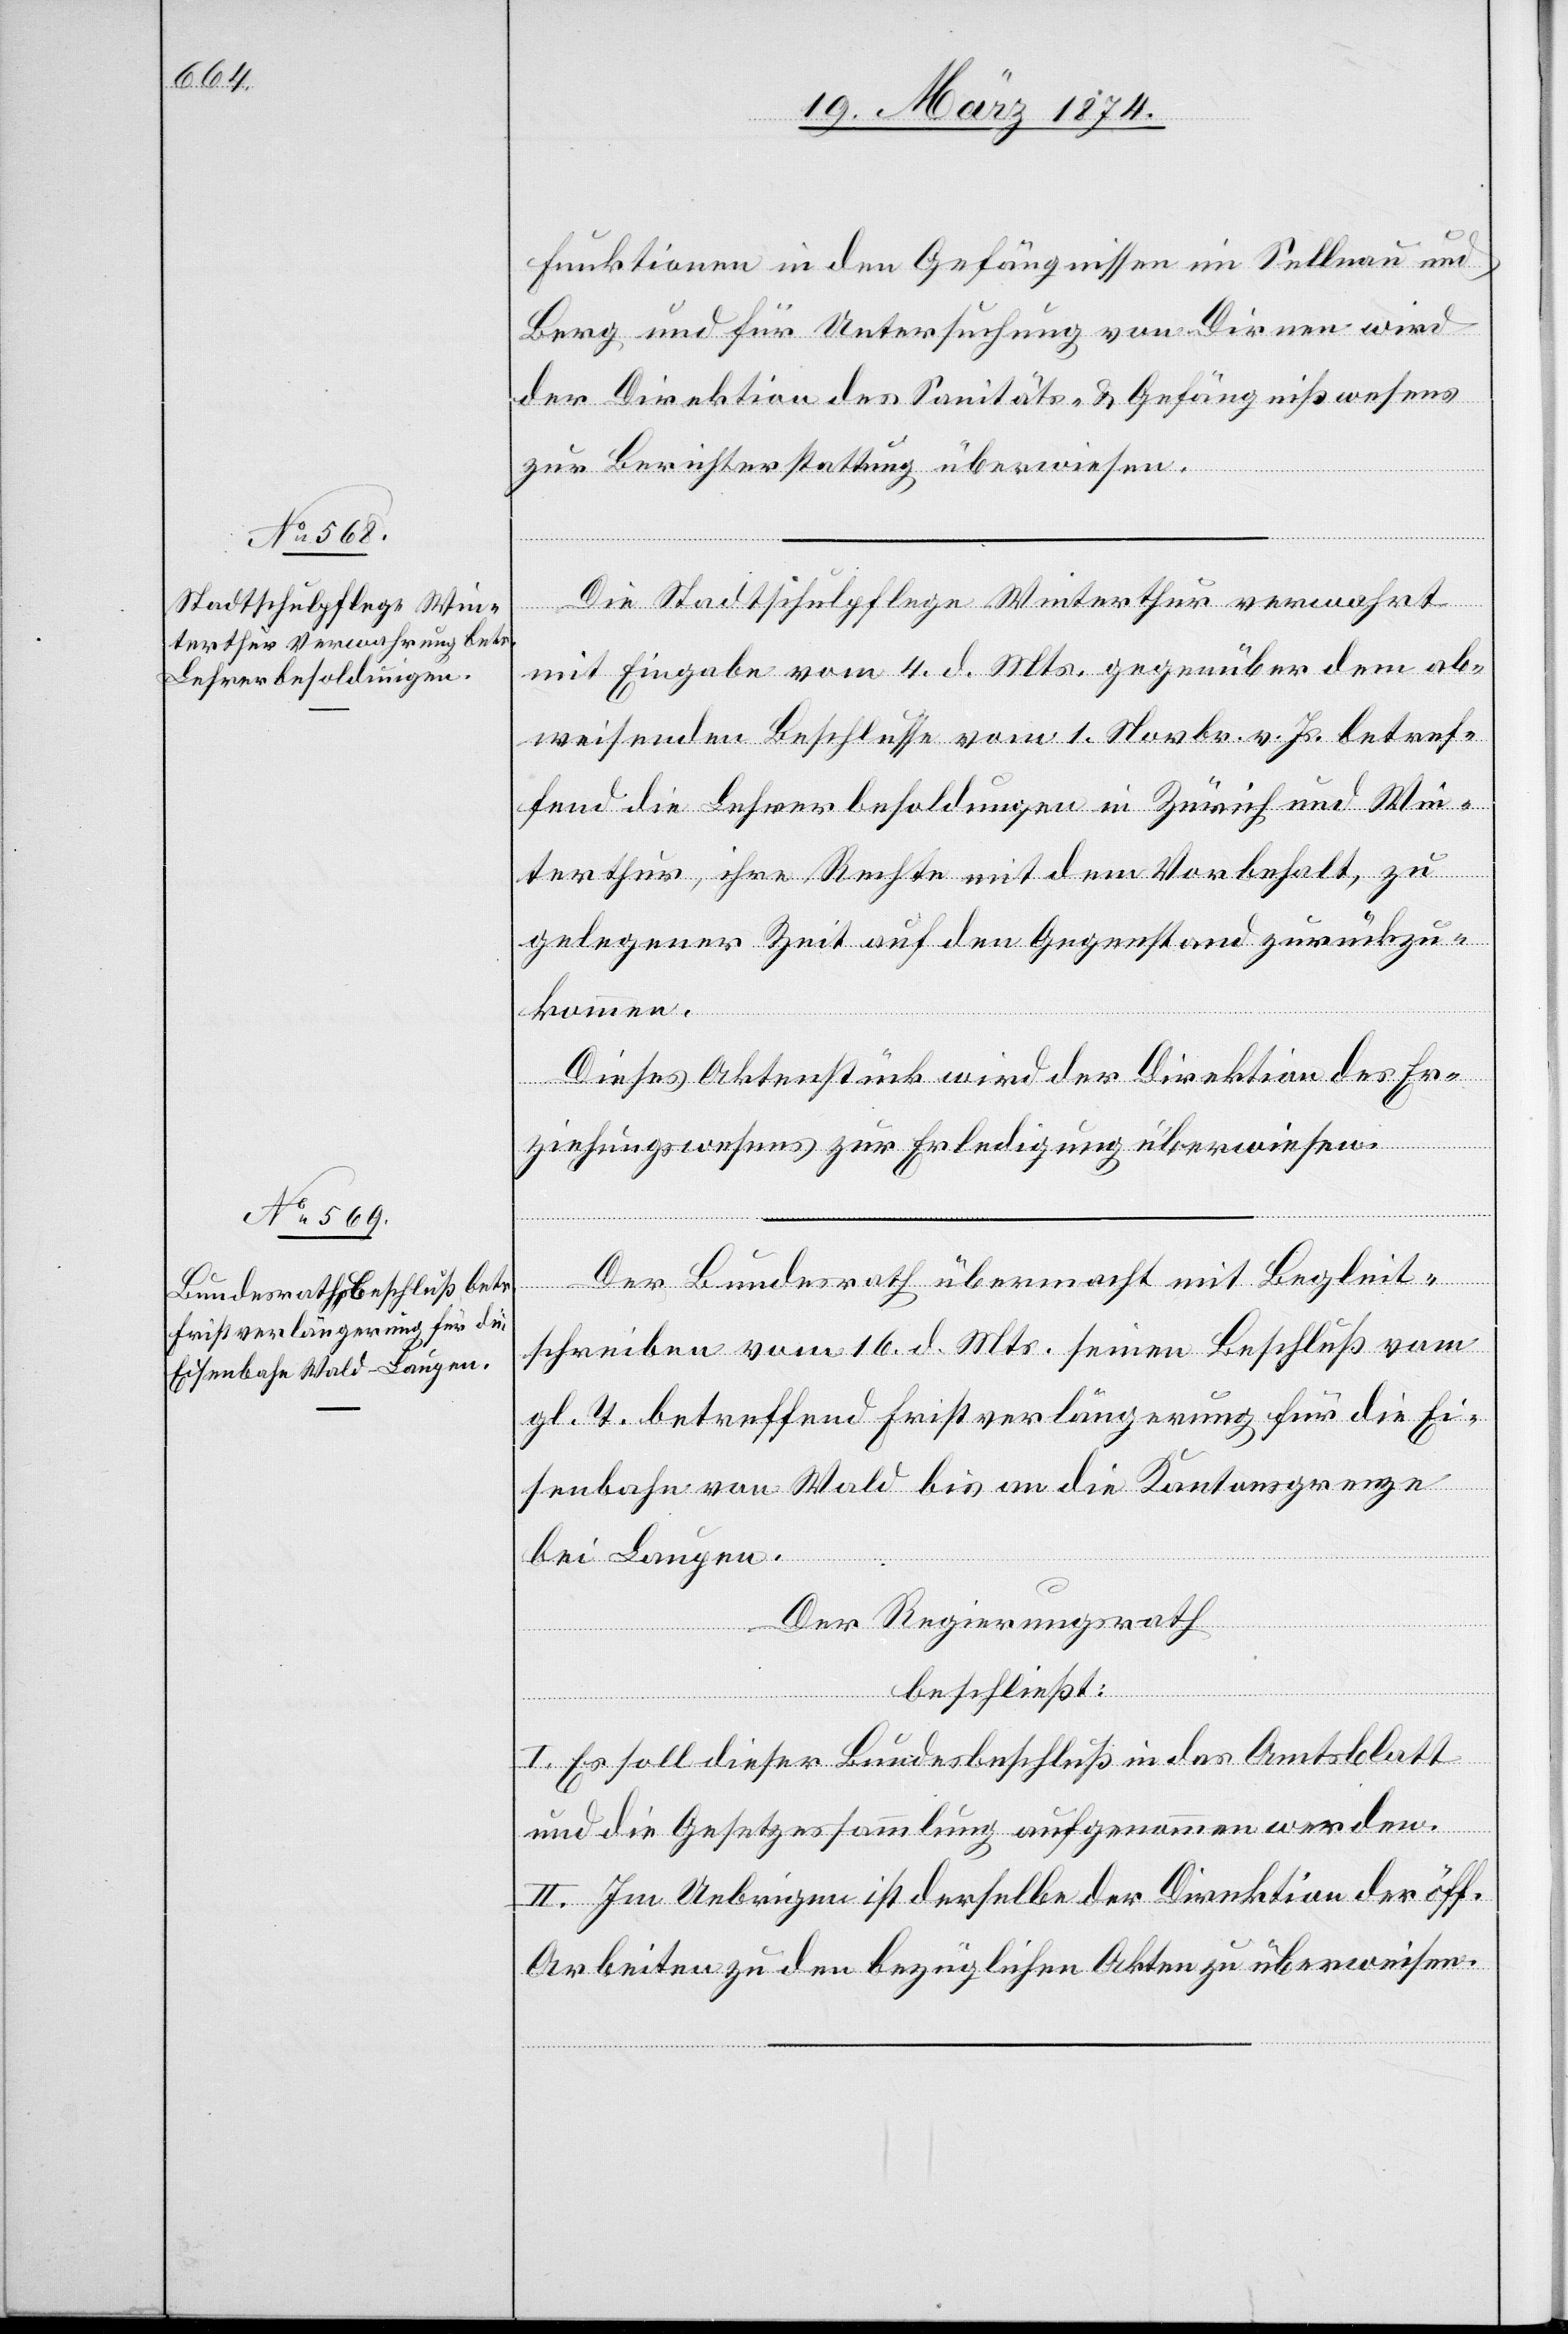
Funktionen in den Gefängnissen in Sellnau und
Berg und für Untersuchung von Dirnen wird
der Direktion des Sanitäts- u. Gefängnißwesens
zur Berichterstattung überwiesen.
Die Stadtschulpflege Winterthur verwahrt
mit Eingabe vom 4. d. Mts. gegenüber dem ab¬
weisenden Beschlusse vom 1. Novbr. vor. Js. betref¬
fend die Lehrerbesoldungen in Zürich und Win¬
terthur, ihre Rechte mit dem Vorbehalt, zu
gelegener Zeit auf den Gegenstand zurückzu¬
kommen.
Dieses Aktenstück wird der Direktion des Er¬
Akten
ziehungswesens zur Erledigung überwiesen.
Der Bundesrath übermacht mit Begleit¬
schreiben vom 16. d. Mts. seinen Beschluß vom
gl. T. betreffend Fristverlängerung für die Ei¬
senbahn von Wald bis an die Kantonsgrenze
bei Laupen.
Der Regierungsrath
beschließt:
I. Es soll dieser Bundesbeschluß in das Amtsblatt
und die Gesetzessammlung aufgenommen werden.
II. Im Uebrigen ist derselbe der Direktion der öff¬